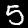
Digit: 5